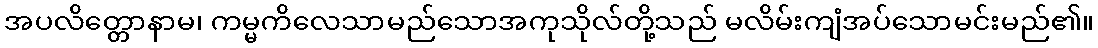
အပလိတ္တောနာမ၊ ကမ္မကိလေသာမည်သောအကုသိုလ်တို့သည် မလိမ်းကျံအပ်သောမင်းမည်၏။